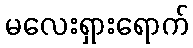
မလေးရှားရောက်